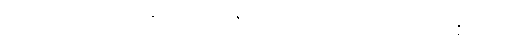
ကပ်လေပြီး၍။ ဘဂဝန္တံ၊ မြတ်စွာဘုရားကို။ ဂါထာယ၊ ဂါထာဖြင့်။ အဇ္ဈဘာသိ၊